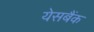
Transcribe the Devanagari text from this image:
येसबैंक